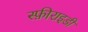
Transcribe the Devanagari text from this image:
स्फ़ीराइडी